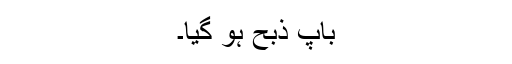
باپ ذبح ہو گیا۔